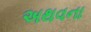
અથવના